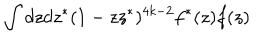
\int d z d z ^ { * } ( 1 - z z ^ { * } ) ^ { 4 k - 2 } f ^ { * } ( z ) f ( z )